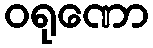
ဝရုဏော